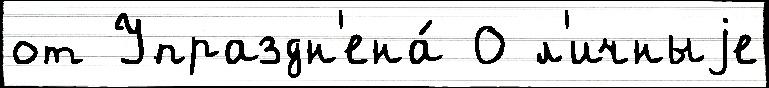
от Упраздн'ена́ 0 л'ичныjе